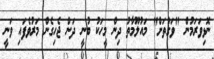
ނޮޅިވަރަމުން "ވަގުތަށް" މައުލޫމާތު ދިން މީހަކު ބުނީ ދަން ޖެހިގެން މަރުވެފައި ވަނީ